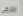
الأذكى